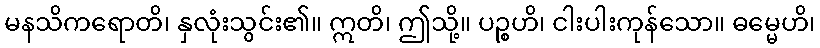
မနသိကရောတိ၊ နှလုံးသွင်း၏။ ဣတိ၊ ဤသို့။ ပဉ္စဟိ၊ ငါးပါးကုန်သော။ ဓမ္မေဟိ၊